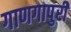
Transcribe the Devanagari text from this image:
गाणगापुरी